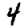
Digit: 4